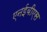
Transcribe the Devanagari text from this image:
एनईबीएस